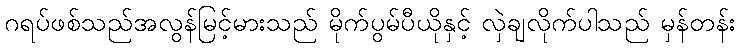
ဂရပ်ဖစ်သည်အလွန်မြင့်မားသည် မိုက်ပွမ်ပီယိုနှင့် လှဲချလိုက်ပါသည် မှန်တန်း